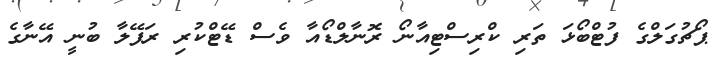
ޕޯޗުގަލްގެ ފުޓްބޯޅަ ތަރި ކްރިސްޓިއާނޯ ރޮނާލްޑޯއާ ވެސް ޑޭޓްކުރި ރަފޭލާ ބުނީ އޭނާގެ